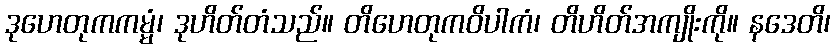
ဒုဟေတုကကမ္မံ၊ ဒုဟိတ်တံသည်။ တိဟေတုကဝိပါကံ၊ တိဟိတ်အကျိုးကို။ နဒေတိ၊